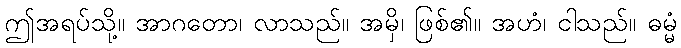
ဤအရပ်သို့။ အာဂတော၊ လာသည်။ အမှိ၊ ဖြစ်၏။ အဟံ၊ ငါသည်။ ဓမ္မံ